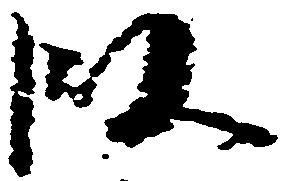
段